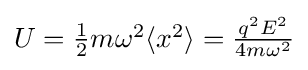
U=\textstyle {\frac {1}{2}}m\omega ^{2}\langle x^{2}\rangle ={q^{2}E^{2} \over 4m\omega ^{2}}